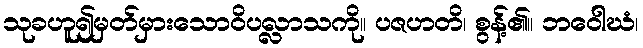
သုခဟူ၍မှတ်မှားသောဝိပလ္လာသကို။ ပဇဟတိ၊ စွန့်၏။ ဘဝေါဃံ၊